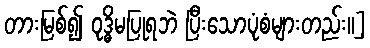
တားမြစ်၍ ဝုဒ္ဓိမပြုရဘဲ ပြီးသောပုံစံများတည်း၊၊]